Lunatic asylums in Bengal annual reports 1899-1911 - 1899-1911
Year: 1899
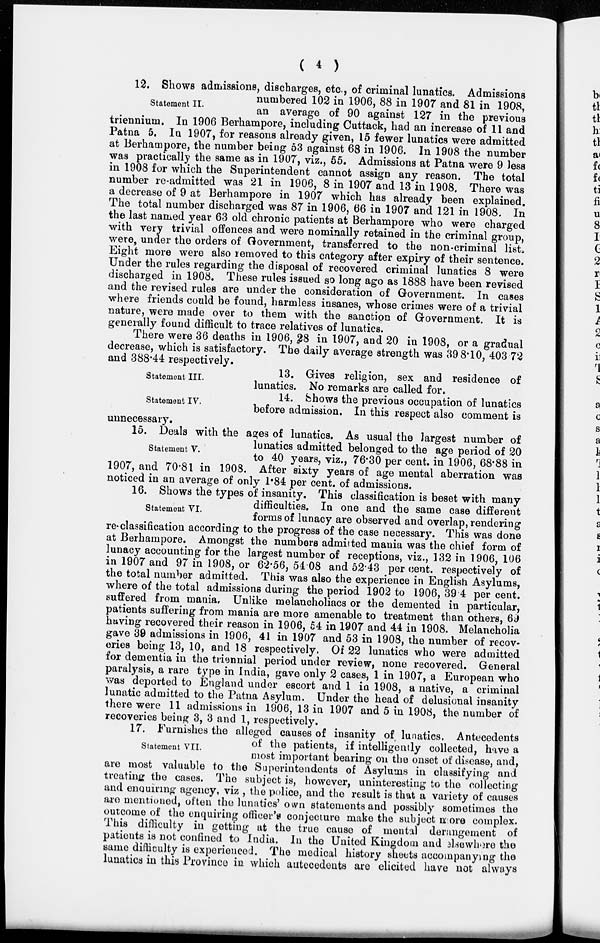
(
4
)
Statement II.
12. Shows admissions, discharges, etc., of criminal lunatics. Admissions
numbered 102 in 1906, 88 in 1907 and 81 in 1908,
an average of 90 against 127 in the previous
triennium. In 1906 Berhampore, including Cuttack, had an increase of 11 and
Patna 5. In 1907, for reasons already given, 15 fewer lunatics were admitted
at Berhampore, the number being 53 against 68 in 1906. In 1908 the number
was practically the same as in 1907, viz., 55. Admissions at Patna were 9 less
in 1908 for which the Superintendent cannot assign any reason. The total
number re-admitted was 21 in 1906, 8 in 1907 and 13 in 1908. There was
a decrease of 9 at Berhampore in 1907 which has already been explained.
The total number discharged was 87 in 1906, 66 in 1907 and 121 in 1908. In
the last named year 63 old chronic patients at Berhampore who were charged
with very trivial offences and were nominally retained in the criminal group,
were, under the orders of Government, transferred to the non-criminal list.
Eight more were also removed to this category after expiry of their sentence.
Under the rules regarding the disposal of recovered criminal lunatics 8 were
discharged in 1908. These rules issued so long ago as 1888 have been revised
and the revised rules are under the consideration of Government. In cases
where friends could be found, harmless insanes, whose crimes were of a trivial
nature, were made over to them with the sanction of Government. It is
generally found difficult to trace relatives of lunatics.
There were 36 deaths in 1906, 28 in 1907, and 20 in 1908, or a gradual
decrease, which is satisfactory. The daily average strength was 398.10, 403 72
and 388.44 respectively.
Statement III.
13. Gives religion, sex and residence of
lunatics. No remarks are called for.
Statement IV.
14. Shows the previous occupation of lunatics
before admission. In this respect also comment is
unnecessary.
Statement V.
15. Deals with the ages of lunatics. As usual the largest number of
lunatics admitted belonged to the age period of 20
to 40 years, viz., 76.30 per cent. in 1906, 68.88 in
1907, and 70.81 in 1908. After sixty years of age mental aberration was
noticed in an average of only 1.84 per cent. of admissions.
Statement VI.
16. Shows the types of insanity. This classification is beset with many
difficulties. In one and the same case different
forms of lunacy are observed and overlap, rendering
re-classification according to the progress of the case necessary. This was done
at Berhampore. Amongst the numbers admitted mania was the chief form of
lunacy accounting for the largest number of receptions, viz., 132 in 1906, 106
in 1907 and 97 in 1908, or 62.56, 54.08 and 52.43 per cent. respectively of
the total number admitted. This was also the experience in English Asylums,
where of the total admissions during the period 1902 to 1906, 39 4 per cent.
suffered from mania. Unlike melancholiacs or the demented in particular,
patients suffering from mania are more amenable to treatment than others, 69
having recovered their reason in 1906, 54 in 1907 and 44 in 1908. Melancholia
gave 39 admissions in 1906, 41 in 1907 and 53 in 1908, the number of recov-
eries being 13, 10, and 18 respectively. Of 22 lunatics who were admitted
for dementia in the triennial period under review, none recovered. General
paralysis, a rare type in India, gave only 2 cases, 1 in 1907, a European who
was deported to England under escort and 1 in 1908, a native, a criminal
lunatic admitted to the Patna Asylum. Under the head of delusional insanity
there were 11 admissions in 1906, 13 in 1907 and 5 in 1908, the number of
recoveries being 3, 3 and 1, respectively.
Statement VII.
17. Furnishes the alleged causes of insanity of lunatics. Antecedents
of the patients, if intelligently collected, have a
most important bearing on the onset of disease, and,
are most valuable to the Superintendents of Asylums in classifying and
treating the cases. The subject is, however, uninteresting to the collecting
and enquiring agency, viz , the police, and the result is that a variety of causes
are mentioned, often the lunatics' own statements and possibly sometimes the
outcome of the enquiring officer's conjecture make the subject more complex.
This difficulty in getting at the true cause of mental derangement of
patients is not confined to India. In the United Kingdom and elsewhere the
same difficulty is experienced. The medical history sheets accompanying the
lunatics in this Province in which antecedents are elicited have not always